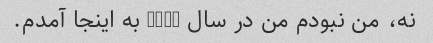
نه، من نبودم من در سال 1992 به اینجا آمدم.